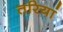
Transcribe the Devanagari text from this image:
तरियां